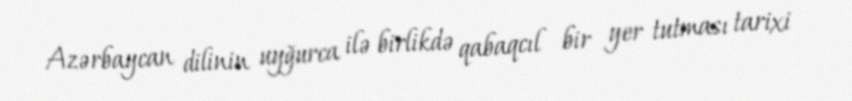
Azərbaycan dilinin uyğurca ilə birlikdə qabaqcıl bir yer tutması tarixi